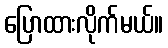
ပြောထားလိုက်မယ်။